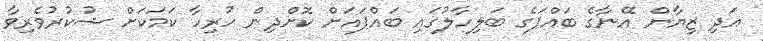
އަދި ޒިޔާން އޭނާގެ ބައްޕަގެ ބަލިހާލުގައި ބައްޕައަށް ކޮށްދިން ހުރިހާ ކަމަކަށް ޝުކުރުވެރިވާ